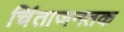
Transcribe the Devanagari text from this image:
चिंताजनतक